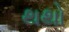
થથો